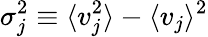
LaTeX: \sigma_{j}^{2}\equiv\langle v_{j}^{2}\rangle-\langle v_{j}\rangle^{2}